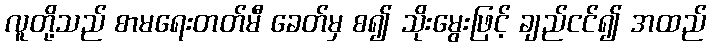
လူတို့သည် စာမရေးတတ်မီ ခေတ်မှ စ၍ သိုးမွေးဖြင့် ချည်ငင်၍ အထည်